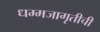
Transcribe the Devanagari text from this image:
धम्मजागृतीची